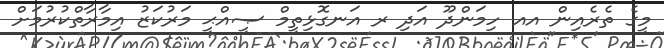
މީގެ ތެރެއިން އއ ހިމަންދޫ އަދި ރ އަނގޮޅިތީމް ޞީއްޙީ މަރުކަޒު އިމާރާތްކުރުމަށް